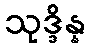
သုဒ္ဒိန္န